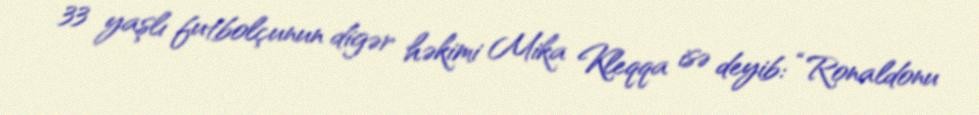
33 yaşlı futbolçunun digər həkimi Mika Kleqqa isə deyib: “Ronaldonu